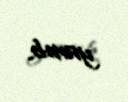
yanıb.